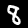
Label: 8